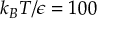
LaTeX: k _ { B } T / \epsilon = 1 0 0